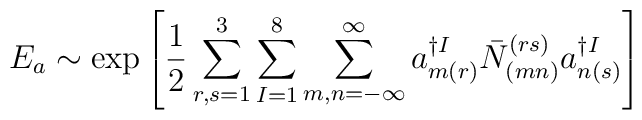
E_a \sim \exp \left[  \frac{1}{2} \sum_{r,s = 1}^3\sum_{I = 1}^8 \sum_{m,n=-\infty}^{\infty}a_{m(r)}^{\dagger I} \bar{N}^{(rs)}_{(mn)} a_{n(s)}^{\dagger I}\right]